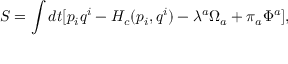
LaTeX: S = \int d t [ p _ { i } q ^ { i } - H _ { c } ( p _ { i } , q ^ { i } ) - \lambda ^ { a } \Omega _ { a } + \pi _ { a } \Phi ^ { a } ] ,